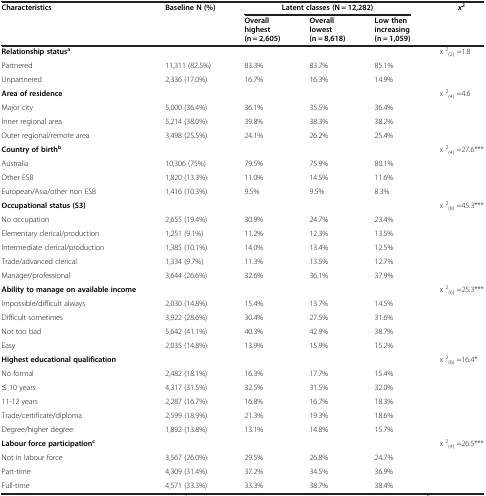
<table><thead><tr><td><b>Characteristics</b></td><td><b>Baseline N (%)</b></td><td colspan="3"><b>Latent classes (N = 12,282)</b></td><td><b><i>x</i><sup>2</sup></b></td></tr><tr><td><b> </b></td><td><b> </b></td><td><b>Overall highest (n = 2,605)</b></td><td><b>Overall lowest (n = 8,618)</b></td><td><b>Low then increasing (n = 1,059)</b></td><td><b> </b></td></tr></thead><tbody><tr><td><b>Relationship status</b><sup><b>a</b></sup></td><td> </td><td> </td><td> </td><td> </td><td>x <sup>2</sup><sub>(2)</sub> =1.8</td></tr><tr><td>Partnered</td><td>11,311 (82.5%)</td><td>83.3%</td><td>83.7%</td><td>85.1%</td><td> </td></tr><tr><td>Unpartnered</td><td>2,336 (17.0%)</td><td>16.7%</td><td>16.3%</td><td>14.9%</td><td> </td></tr><tr><td><b>Area of residence</b></td><td> </td><td> </td><td> </td><td> </td><td>x <sup>2</sup><sub>(4)</sub> =4.6</td></tr><tr><td>Major city</td><td>5,000 (36.4%)</td><td>36.1%</td><td>35.5%</td><td>36.4%</td><td> </td></tr><tr><td>Inner regional area</td><td>5,214 (38.0%)</td><td>39.8%</td><td>38.3%</td><td>38.2%</td><td> </td></tr><tr><td>Outer regional/remote area</td><td>3,498 (25.5%)</td><td>24.1%</td><td>26.2%</td><td>25.4%</td><td> </td></tr><tr><td><b>Country of birth</b><sup><b>b</b></sup></td><td> </td><td> </td><td> </td><td> </td><td>x <sup>2</sup><sub>(4)</sub> =27.6***</td></tr><tr><td>Australia</td><td>10,306 (75%)</td><td>79.5%</td><td>75.9%</td><td>80.1%</td><td> </td></tr><tr><td>Other ESB</td><td>1,820 (13.3%)</td><td>11.0%</td><td>14.5%</td><td>11.6%</td><td> </td></tr><tr><td>European/Asia/other non ESB</td><td>1,416 (10.3%)</td><td>9.5%</td><td>9.5%</td><td>8.3%</td><td> </td></tr><tr><td><b>Occupational status (S3)</b></td><td> </td><td> </td><td> </td><td> </td><td>x <sup>2</sup><sub>(8)</sub> =45.3***</td></tr><tr><td>No occupation</td><td>2,655 (19.4%)</td><td>30.9%</td><td>24.7%</td><td>23.4%</td><td> </td></tr><tr><td>Elementary clerical/production</td><td>1,251 (9.1%)</td><td>11.2%</td><td>12.3%</td><td>13.5%</td><td> </td></tr><tr><td>Intermediate clerical/production</td><td>1,385 (10.1%)</td><td>14.0%</td><td>13.4%</td><td>12.5%</td><td> </td></tr><tr><td>Trade/advanced clerical</td><td>1,334 (9.7%)</td><td>11.3%</td><td>13.5%</td><td>12.7%</td><td> </td></tr><tr><td>Manager/professional</td><td>3,644 (26.6%)</td><td>32.6%</td><td>36.1%</td><td>37.9%</td><td> </td></tr><tr><td><b>Ability to manage on available income</b></td><td> </td><td> </td><td> </td><td> </td><td>x <sup>2</sup><sub>(6)</sub> =25.3***</td></tr><tr><td>Impossible/difficult always</td><td>2,030 (14.8%)</td><td>15.4%</td><td>13.7%</td><td>14.5%</td><td> </td></tr><tr><td>Difficult sometimes</td><td>3,922 (28.6%)</td><td>30.4%</td><td>27.5%</td><td>31.6%</td><td> </td></tr><tr><td>Not too bad</td><td>5,642 (41.1%)</td><td>40.3%</td><td>42.9%</td><td>38.7%</td><td> </td></tr><tr><td>Easy</td><td>2,035 (14.8%)</td><td>13.9%</td><td>15.9%</td><td>15.2%</td><td> </td></tr><tr><td><b>Highest educational qualification</b></td><td> </td><td> </td><td> </td><td> </td><td>x <sup>2</sup><sub>(8)</sub> =16.4*</td></tr><tr><td>No formal</td><td>2,482 (18.1%)</td><td>16.3%</td><td>17.7%</td><td>15.4%</td><td> </td></tr><tr><td>≤ 10 years</td><td>4,317 (31.5%)</td><td>32.5%</td><td>31.5%</td><td>32.0%</td><td> </td></tr><tr><td>11-12 years</td><td>2,287 (16.7%)</td><td>16.8%</td><td>16.7%</td><td>18.3%</td><td> </td></tr><tr><td>Trade/certificate/diploma</td><td>2,599 (18.9%)</td><td>21.3%</td><td>19.3%</td><td>18.6%</td><td> </td></tr><tr><td>Degree/higher degree</td><td>1,892 (13.8%)</td><td>13.1%</td><td>14.8%</td><td>15.7%</td><td> </td></tr><tr><td><b>Labour force participation</b><sup><b>c</b></sup></td><td> </td><td> </td><td> </td><td> </td><td>x <sup>2</sup><sub>(4)</sub> =26.5***</td></tr><tr><td>Not in labour force</td><td>3,567 (26.0%)</td><td>29.5%</td><td>26.8%</td><td>24.7%</td><td> </td></tr><tr><td>Part-time</td><td>4,309 (31.4%)</td><td>37.2%</td><td>34.5%</td><td>36.9%</td><td> </td></tr><tr><td>Full-time</td><td>4,571 (33.3%)</td><td>33.3%</td><td>38.7%</td><td>38.4%</td><td> </td></tr></tbody></table>